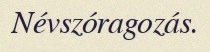
Névszóragozás.